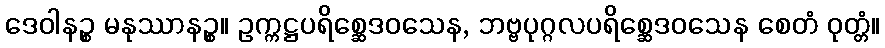
ဒေဝါနဉ္စ မနုဿာနဉ္စ။ ဥက္ကဋ္ဌပရိစ္ဆေဒဝသေန, ဘဗ္ဗပုဂ္ဂလပရိစ္ဆေဒဝသေန စေတံ ဝုတ္တံ။